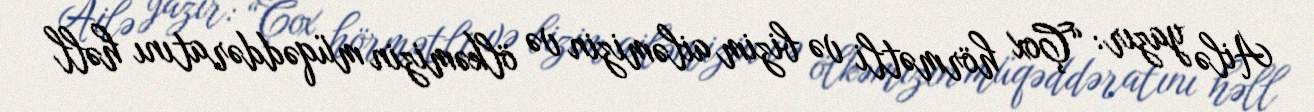
Ailə yazır: “Çox hörmətli və bizim ailəmizin və ölkəmizin müqəddəratını həll